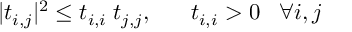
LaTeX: | t _ { i , j } | ^ { 2 } \leq t _ { i , i } \; t _ { j , j } , \; \; \; \; \; \; t _ { i , i } > 0 \; \; \; \forall i , j